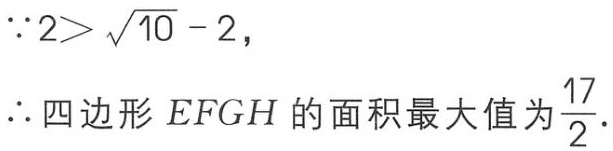
\[\because 2>\sqrt{10}-2,\]
\[\therefore \text{四边形 }EFGH\text{ 的面积最大值为 }\frac{17}{2}.\]